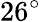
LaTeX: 26^{\circ}